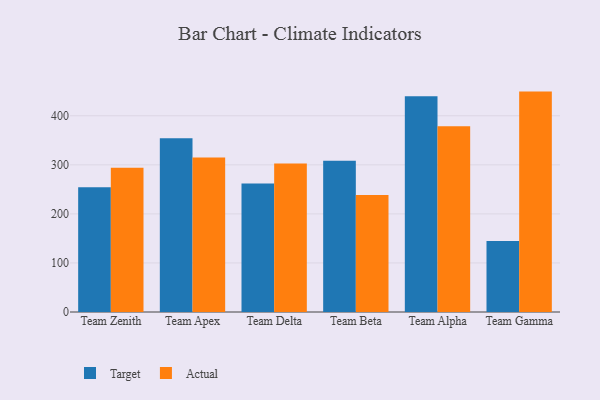
{"axis": {"x": "Team", "y": "Budget (USD K)"}, "legend": ["Actual", "Target"], "data": [{"x": "Team Zenith", "y": 254.1, "type": "Target"}, {"x": "Team Zenith", "y": 294.1, "type": "Actual"}, {"x": "Team Apex", "y": 354.3, "type": "Target"}, {"x": "Team Apex", "y": 315.2, "type": "Actual"}, {"x": "Team Delta", "y": 261.9, "type": "Target"}, {"x": "Team Delta", "y": 302.7, "type": "Actual"}, {"x": "Team Beta", "y": 308.1, "type": "Target"}, {"x": "Team Beta", "y": 238.5, "type": "Actual"}, {"x": "Team Alpha", "y": 439.7, "type": "Target"}, {"x": "Team Alpha", "y": 378.6, "type": "Actual"}, {"x": "Team Gamma", "y": 144.8, "type": "Target"}, {"x": "Team Gamma", "y": 449.3, "type": "Actual"}]}